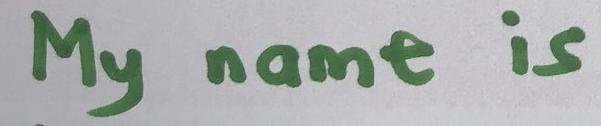
My name is